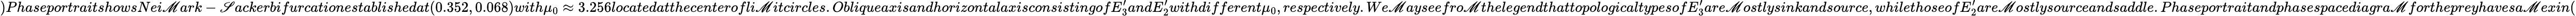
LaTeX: )PhaseportraitshowsNei\mathscr{M}ark-\mathscr{S}ackerbifurcationestablishedat(0.352,0.068)with\mu_{0}\approx3.256locatedatthecenterofli\mathscr{M}itcircles.ObliqueaxisandhorizontalaxisconsistingofE_{3}^{\prime}andE_{2}^{\prime}withdifferent\mu_{0},respectively.We\mathscr{M}ayseefro\mathscr{M}thelegendthattopologicaltypesofE_{3}^{\prime}are\mathscr{M}ostlysinkandsource,whilethoseofE_{2}^{\prime}are\mathscr{M}ostlysourceandsaddle.Phaseportraitandphasespacediagra\mathscr{M}forthepreyhavesa\mathscr{M}exin(